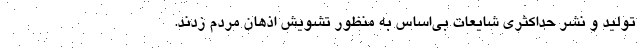
تولید و نشر حداکثری شایعات بی‌اساس به منظور تشویش اذهان مردم زدند.